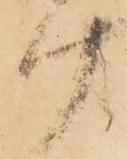
計